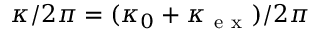
\kappa / 2 \pi = ( \kappa _ { 0 } + \kappa _ { \mathrm { ~ e ~ x ~ } } ) / 2 \pi